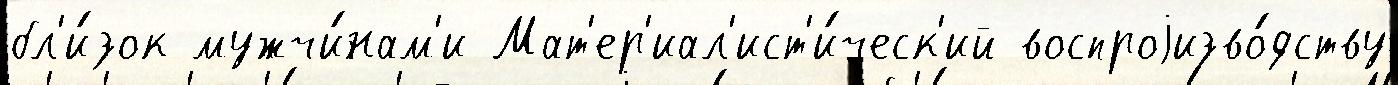
бл'и́зок мужчи́нам'и Мат'ер'иал'ист'и́ческ'ий воспроjизво́дству